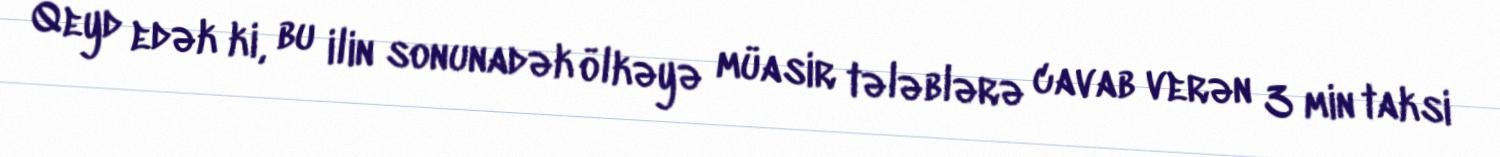
Qeyd edək ki, bu ilin sonunadək ölkəyə müasir tələblərə cavab verən 3 min taksi